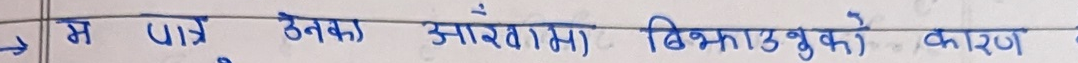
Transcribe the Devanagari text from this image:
म पान्ज उनका आतमा बिखराउको कारण